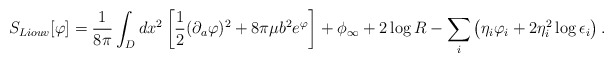
\begin{align*}S_{Liouv}[\varphi] = {1\over 8\pi} \int_D dx^2 \left[ {1\over 2} (\partial_a\varphi)^2 +8\pi\mu b^2 e^\varphi \right] + \phi_\infty + 2\log{R} - \sum_i \left ( \eta_i \varphi_i + 2\eta_i^2 \log{\epsilon_i} \right).\end{align*}